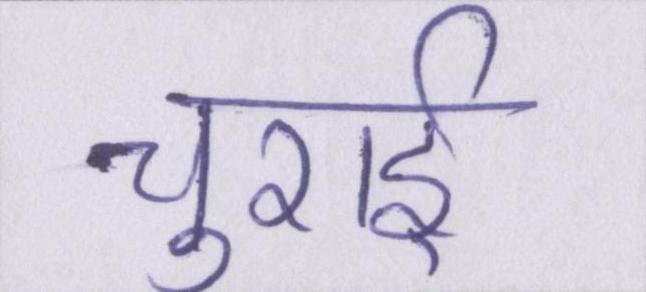
चुराई